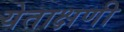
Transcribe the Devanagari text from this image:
येताक्षणी